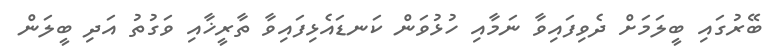
ބޭރުގައި ބީލަމަށް ދެވިފައިވާ ނަމާއި ހުޅުވަން ކަނޑައެޅިފައިވާ ތާރީޚާއި ވަގުތު އަދި ބީލަން